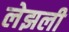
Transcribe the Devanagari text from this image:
लेझली